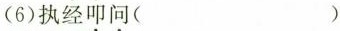
(6)执经\underset{·}{叩}\underset{·}{问}()